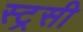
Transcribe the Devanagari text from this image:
स्ट्रसी